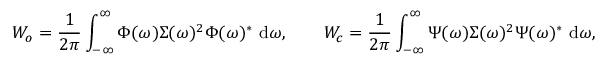
\b { W _ { o } } = \frac { 1 } { 2 \pi } \int _ { - \infty } ^ { \infty } \b { \Phi } ( \omega ) \b { \Sigma } ( \omega ) ^ { 2 } \b { \Phi } ( \omega ) ^ { * } ~ \mathrm { d } \omega , \qquad \b { W _ { c } } = \frac { 1 } { 2 \pi } \int _ { - \infty } ^ { \infty } \b { \Psi } ( \omega ) \b { \Sigma } ( \omega ) ^ { 2 } \b { \Psi } ( \omega ) ^ { * } ~ \mathrm { d } \omega ,